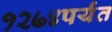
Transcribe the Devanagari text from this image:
१२७४पर्यंत